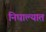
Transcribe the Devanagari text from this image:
निघाल्यात